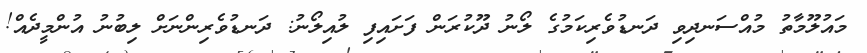
މައުލޫމާތު މުއްސަނދިވި ދަނޑުވެރިކަމުގެ ލޯނު ދޫކުރަން ފަށައިފި ލުއިލޯނު: ދަނޑުވެރިންނަށް ލިބުނު އުންމީދެއް!